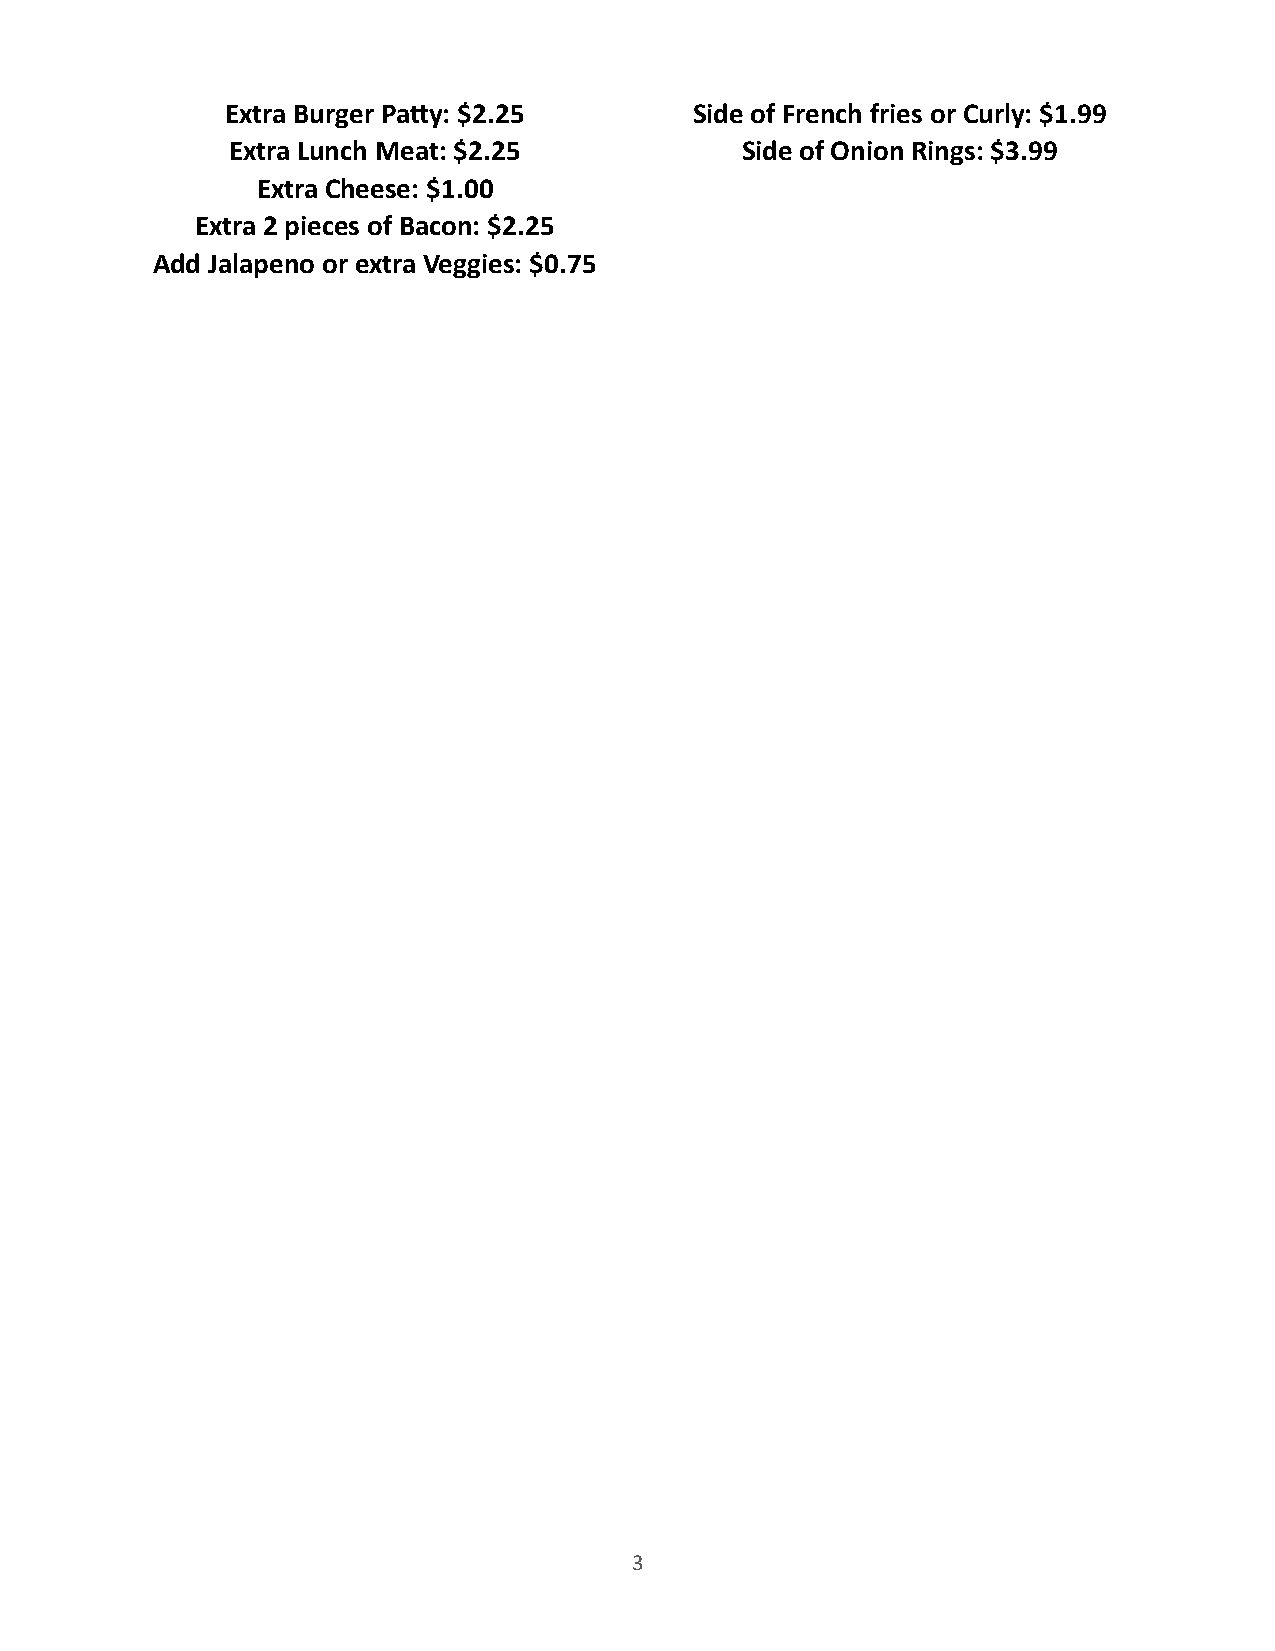
Extra Burger Pa9y: $2.25       Side of French fries or Curly: $1.99
 Extra Lunch Meat: $2.25           Side of Onion Rings: $3.99
 Extra Cheese: $1.00
 Extra 2 pieces of Bacon: $2.25
 Add Jalapeno or extra Veggies: $0.75
 3